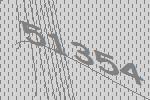
51354